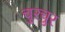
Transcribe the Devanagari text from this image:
चुरचुर